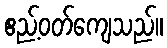
ဧည့်ဝတ်ကျေသည်။